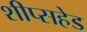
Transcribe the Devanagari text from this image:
शीप्सहेड